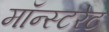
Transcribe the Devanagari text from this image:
मॉन्स्टरेट